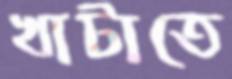
খাটাতে